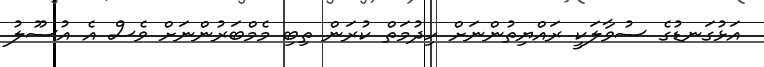
އަޅުގަނޑުގެ ސުވާލަކީ ރައްޔިތުންނަށް ހިދުމަތް ކުރަން ތިބި މެމްބަރުންނަށް ވެސް އެ އުސޫލު